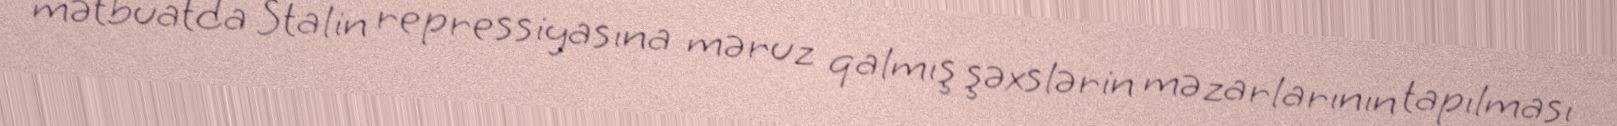
mətbuatda Stalin repressiyasına məruz qalmış şəxslərin məzarlarının tapılması